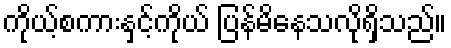
ကိုယ့်စကားနှင့်ကိုယ် ပြန်မိနေသလိုရှိသည်။